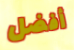
أفضل